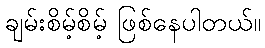
ချမ်းစိမ့်စိမ့် ဖြစ်နေပါတယ်။